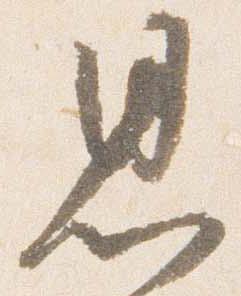
思